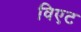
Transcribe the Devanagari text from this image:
विएट